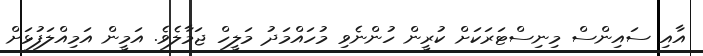
އާއި ސައިންސް މިނިސްޓަރަކަށް ކުރީން ހުންނެވި މުހައްމަދު މަލީހް ޖަމާލެވެ. އަމީން އަމިއްލަފުޅަށް